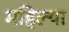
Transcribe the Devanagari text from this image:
महिल्या